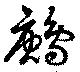
鶊